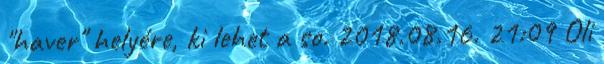
"haver" helyére, ki lehet a so. 2018.08.16. 21:09 Oli